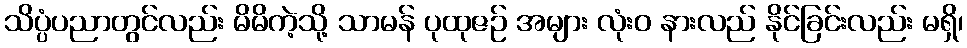
သိပ္ပံပညာတွင်လည်း မိမိကဲ့သို့ သာမန် ပုထုဇဉ် အများ လုံးဝ နားလည် နိုင်ခြင်းလည်း မရှိ၊